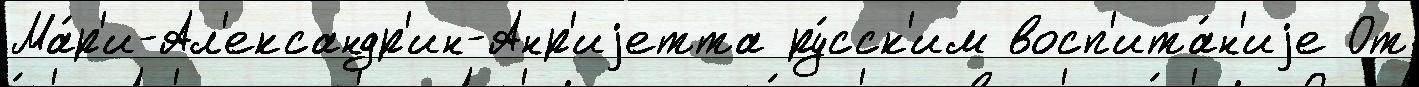
Ма́р'и-Ал'ександр'ин-Анр'иjетта ру́сск'им восп'ита́н'иjе От